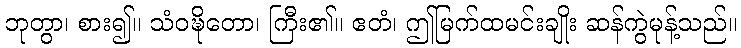
ဘုတွာ၊ စား၍။ သံဝဍ္ဎိတော၊ ကြီး၏။ ဧတံ၊ ဤမြက်ထမင်းချိုး ဆန်ကွဲမုန့်သည်။